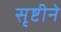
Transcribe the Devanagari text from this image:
सृष्टीने